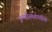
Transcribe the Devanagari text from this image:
इन्फोरमेशनवीक